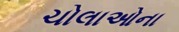
ચોલાઓના